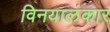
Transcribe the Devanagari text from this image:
विनयालंकार